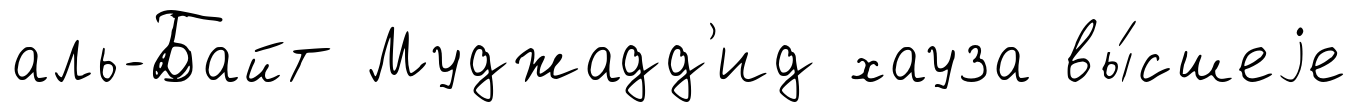
аль-Байт Муджадд'ид хауза вы́сшеjе